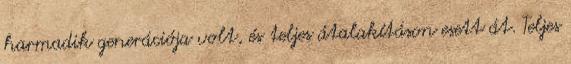
harmadik generációja volt, és teljes átalakításon esett át. Teljes